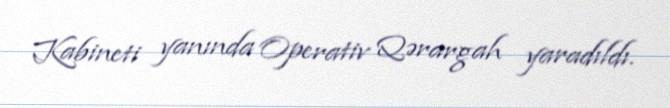
Kabineti yanında Operativ Qərargah yaradıldı.